Document type: Sale
Year: 1423
Scribe: Joan Franc
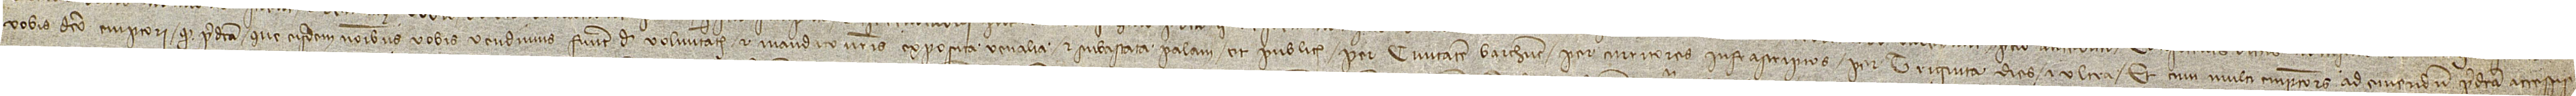
vobis dicto emptori quod predicta que eisdem nominibus vobis vendimus fuerit de voluntate et mandato nostris exposita venalia et subastata palam et publice per civitatem Barchinone per curritores infrascriptos per triginta dies et ultra. Et cum multi emptores ad emendum predicta accessis-